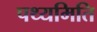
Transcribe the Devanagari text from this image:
पथ्यमिति